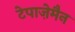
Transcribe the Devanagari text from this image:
टेपाज़ेमैन